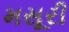
મસૂરી